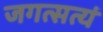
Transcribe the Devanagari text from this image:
जगत्सत्यं